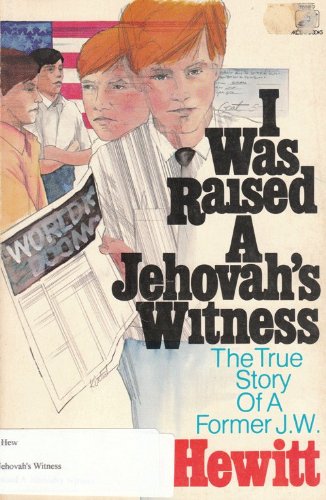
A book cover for I Was Raised a Jehovah's Witness; Joe Hewitt; Christian Books & Bibles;